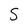
Character: S